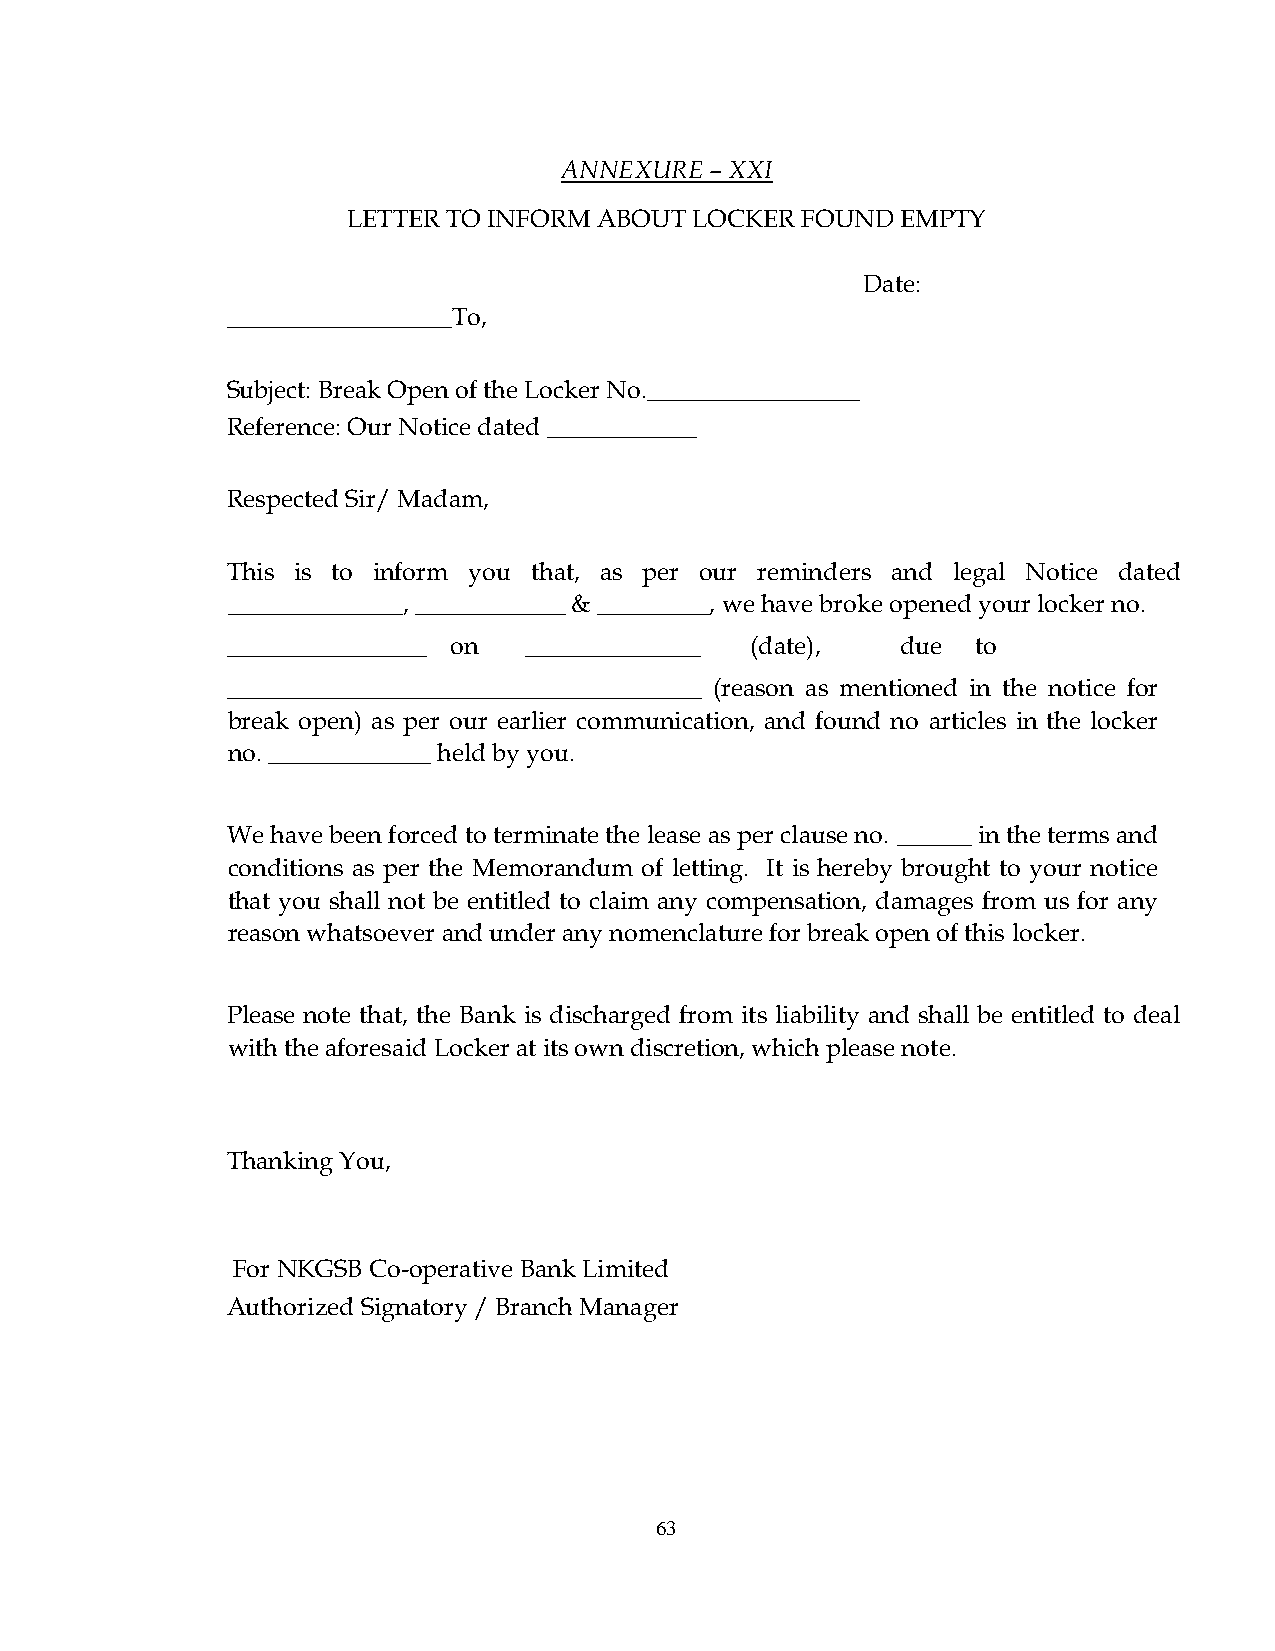
ANNEXURE  – XXI
 LETTER TO INFORM ABOUT LOCKER FOUND  EMPTY
 Date:
 __________________To,
 Subject: Break Open of the Locker No._________________
 Reference: Our Notice dated ____________
 Respected Sir/ Madam,
 This is to inform you that, as per our reminders and legal Notice dated
 ______________, ____________ & _________, we have broke opened your locker no.
 ________________ on ______________ (date),   due  to
 ______________________________________ (reason as mentioned in the notice for
 break open) as per our earlier communication, and found no articles in the locker
 no. _____________ held by you.
 We have been forced to terminate the lease as per clause no. ______ in the terms and
 conditions as per the Memorandum of letting. It is hereby brought to your notice
 that you shall not be entitled to claim any compensation, damages from us for any
 reason whatsoever and under any nomenclature for break open of this locker.
 Please note that, the Bank is discharged from its liability and shall be entitled to deal
 with the aforesaid Locker at its own discretion, which please note.
 Thanking You,
 For NKGSB Co-operative Bank Limited
 Authorized Signatory / Branch Manager
 63